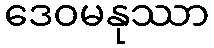
ဒေဝမနုဿာ